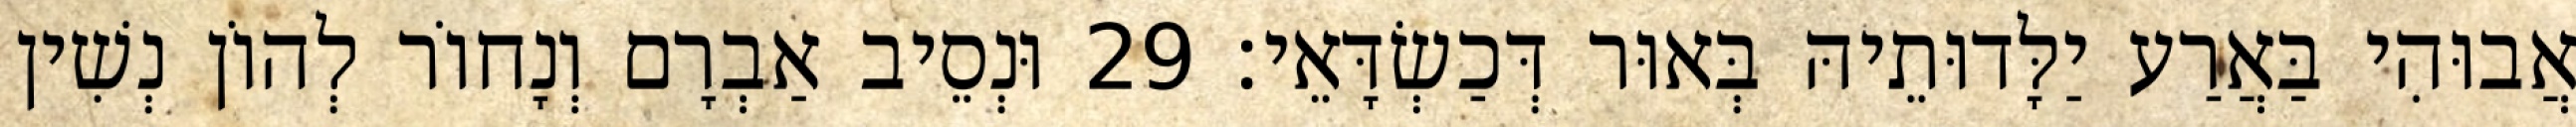
אֲבוּהִי בַּאֲרַע יַלָּדוּתֵיהּ בְּאוּר דְּכַשְׂדָּאֵי׃ 29 וּנְסֵיב אַבְרָם וְנָחוֹר לְהוֹן נְשִׁין